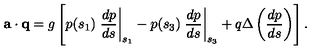
{ \bf a } \cdot { \bf q } = g \left[ p ( s _ { 1 } ) \left. \frac { d p } { d s } \right| _ { s _ { 1 } } - p ( s _ { 3 } ) \left. \frac { d p } { d s } \right| _ { s _ { 3 } } + q \Delta \left( \frac { d p } { d s } \right) \right] .